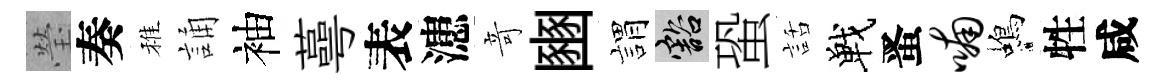
瑩奏稚誦袖蕚表漶竒豳娟豁蛩話戰󱉠喃蝎牲咸